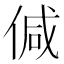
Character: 𠊭